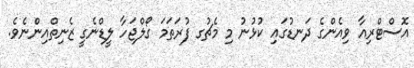
އޮސްޓްރިއާ ވިއެންގެ ދަނޑުގައި ކުޅުނު މި މެޗުގ ފުރަތަމަ ގޯލްޖަހާ ލީޑްނެގީ ޒެނިތްއިންނެވެ.